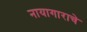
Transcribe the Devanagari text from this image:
नायागाराचे